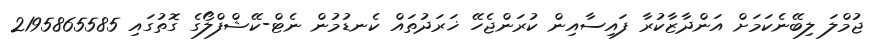
ޖުމްލަ ލިބޭނެކަމަށް އަންދާޒާކުރާ ފައިސާއިން ކުރަންޖެހޭ ޚަރަދުތައް ކެނޑުމުން ނެޓް-ކޭޝްފްލޯގެ ގޮތުގައި 2195865585